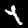
Label: 4